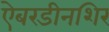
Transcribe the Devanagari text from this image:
ऐबरडीनशिर